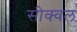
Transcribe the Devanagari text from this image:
सीक्‍वल